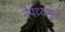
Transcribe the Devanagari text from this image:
नेपथ्यामुळे